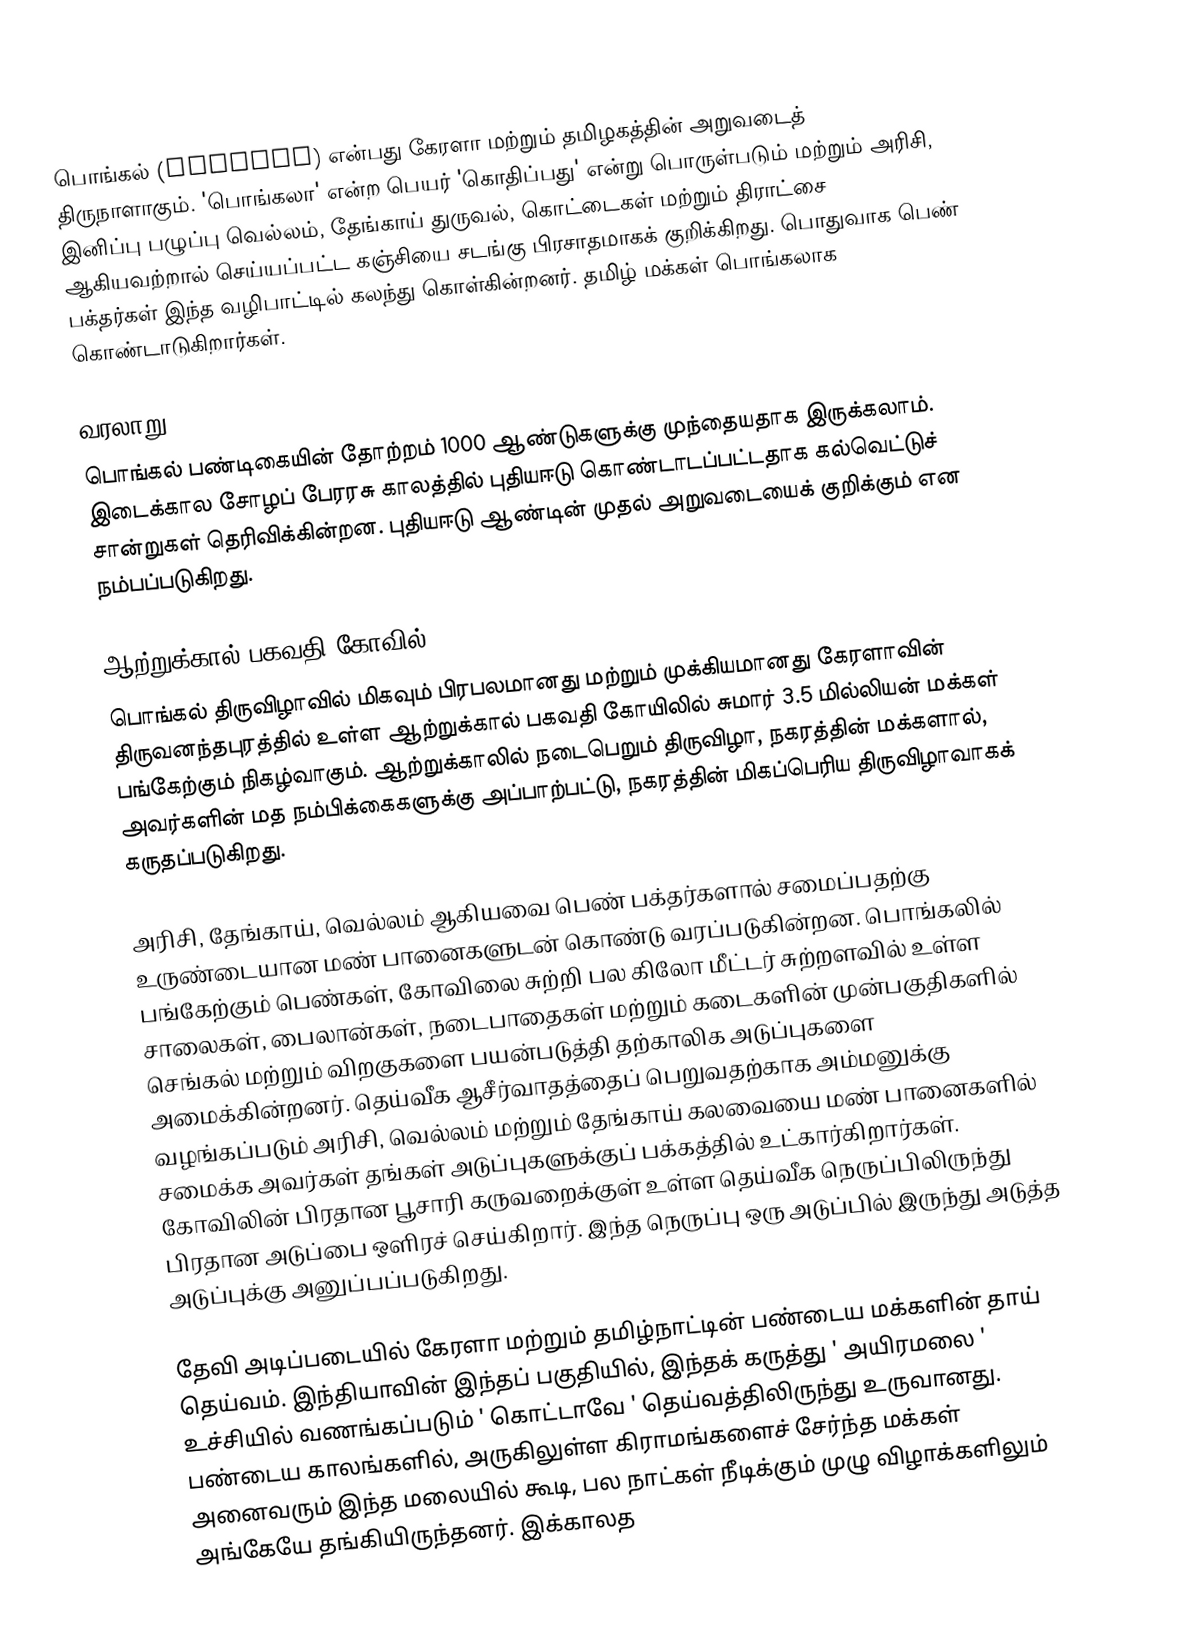
பொங்கல் (Pongala) என்பது கேரளா மற்றும் தமிழகத்தின் அறுவடைத் திருநாளாகும். 'பொங்கலா' என்ற பெயர் 'கொதிப்பது' என்று பொருள்படும் மற்றும் அரிசி, இனிப்பு பழுப்பு வெல்லம், தேங்காய் துருவல், கொட்டைகள் மற்றும் திராட்சை ஆகியவற்றால் செய்யப்பட்ட கஞ்சியை சடங்கு பிரசாதமாகக் குறிக்கிறது. பொதுவாக பெண் பக்தர்கள் இந்த வழிபாட்டில் கலந்து கொள்கின்றனர். தமிழ் மக்கள் பொங்கலாக கொண்டாடுகிறார்கள்.

வரலாறு
பொங்கல் பண்டிகையின் தோற்றம் 1000 ஆண்டுகளுக்கு முந்தையதாக இருக்கலாம்.  இடைக்கால சோழப் பேரரசு காலத்தில் புதியஈடு  கொண்டாடப்பட்டதாக கல்வெட்டுச் சான்றுகள் தெரிவிக்கின்றன. புதியஈடு ஆண்டின் முதல் அறுவடையைக் குறிக்கும் என நம்பப்படுகிறது.

ஆற்றுக்கால் பகவதி கோவில்
பொங்கல் திருவிழாவில் மிகவும் பிரபலமானது மற்றும் முக்கியமானது கேரளாவின் திருவனந்தபுரத்தில் உள்ள ஆற்றுக்கால் பகவதி கோயிலில் சுமார் 3.5 மில்லியன் மக்கள் பங்கேற்கும் நிகழ்வாகும். ஆற்றுக்காலில் நடைபெறும் திருவிழா, நகரத்தின் மக்களால், அவர்களின் மத நம்பிக்கைகளுக்கு அப்பாற்பட்டு, நகரத்தின் மிகப்பெரிய திருவிழாவாகக் கருதப்படுகிறது.

அரிசி, தேங்காய், வெல்லம் ஆகியவை பெண் பக்தர்களால் சமைப்பதற்கு உருண்டையான மண் பானைகளுடன் கொண்டு வரப்படுகின்றன. பொங்கலில் பங்கேற்கும் பெண்கள், கோவிலை சுற்றி பல கிலோ மீட்டர் சுற்றளவில் உள்ள சாலைகள், பைலான்கள், நடைபாதைகள் மற்றும் கடைகளின் முன்பகுதிகளில் செங்கல் மற்றும் விறகுகளை பயன்படுத்தி தற்காலிக அடுப்புகளை அமைக்கின்றனர். தெய்வீக ஆசீர்வாதத்தைப் பெறுவதற்காக அம்மனுக்கு வழங்கப்படும் அரிசி, வெல்லம் மற்றும் தேங்காய் கலவையை மண் பானைகளில் சமைக்க அவர்கள் தங்கள் அடுப்புகளுக்குப் பக்கத்தில் உட்கார்கிறார்கள். கோவிலின் பிரதான பூசாரி கருவறைக்குள் உள்ள தெய்வீக நெருப்பிலிருந்து பிரதான அடுப்பை ஒளிரச் செய்கிறார். இந்த நெருப்பு ஒரு அடுப்பில் இருந்து அடுத்த அடுப்புக்கு அனுப்பப்படுகிறது.

தேவி அடிப்படையில் கேரளா மற்றும் தமிழ்நாட்டின் பண்டைய மக்களின் தாய் தெய்வம். இந்தியாவின் இந்தப் பகுதியில், இந்தக் கருத்து ' அயிரமலை ' உச்சியில் வணங்கப்படும் ' கொட்டாவே ' தெய்வத்திலிருந்து உருவானது. பண்டைய காலங்களில், அருகிலுள்ள கிராமங்களைச் சேர்ந்த மக்கள் அனைவரும் இந்த மலையில் கூடி, பல நாட்கள் நீடிக்கும் முழு விழாக்களிலும் அங்கேயே தங்கியிருந்தனர். இக்காலத